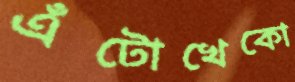
এঁটোখেকো